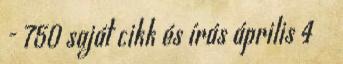
- 750 saját cikk és írás április 4 ▼